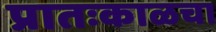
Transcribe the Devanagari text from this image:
प्रातःकाळचा